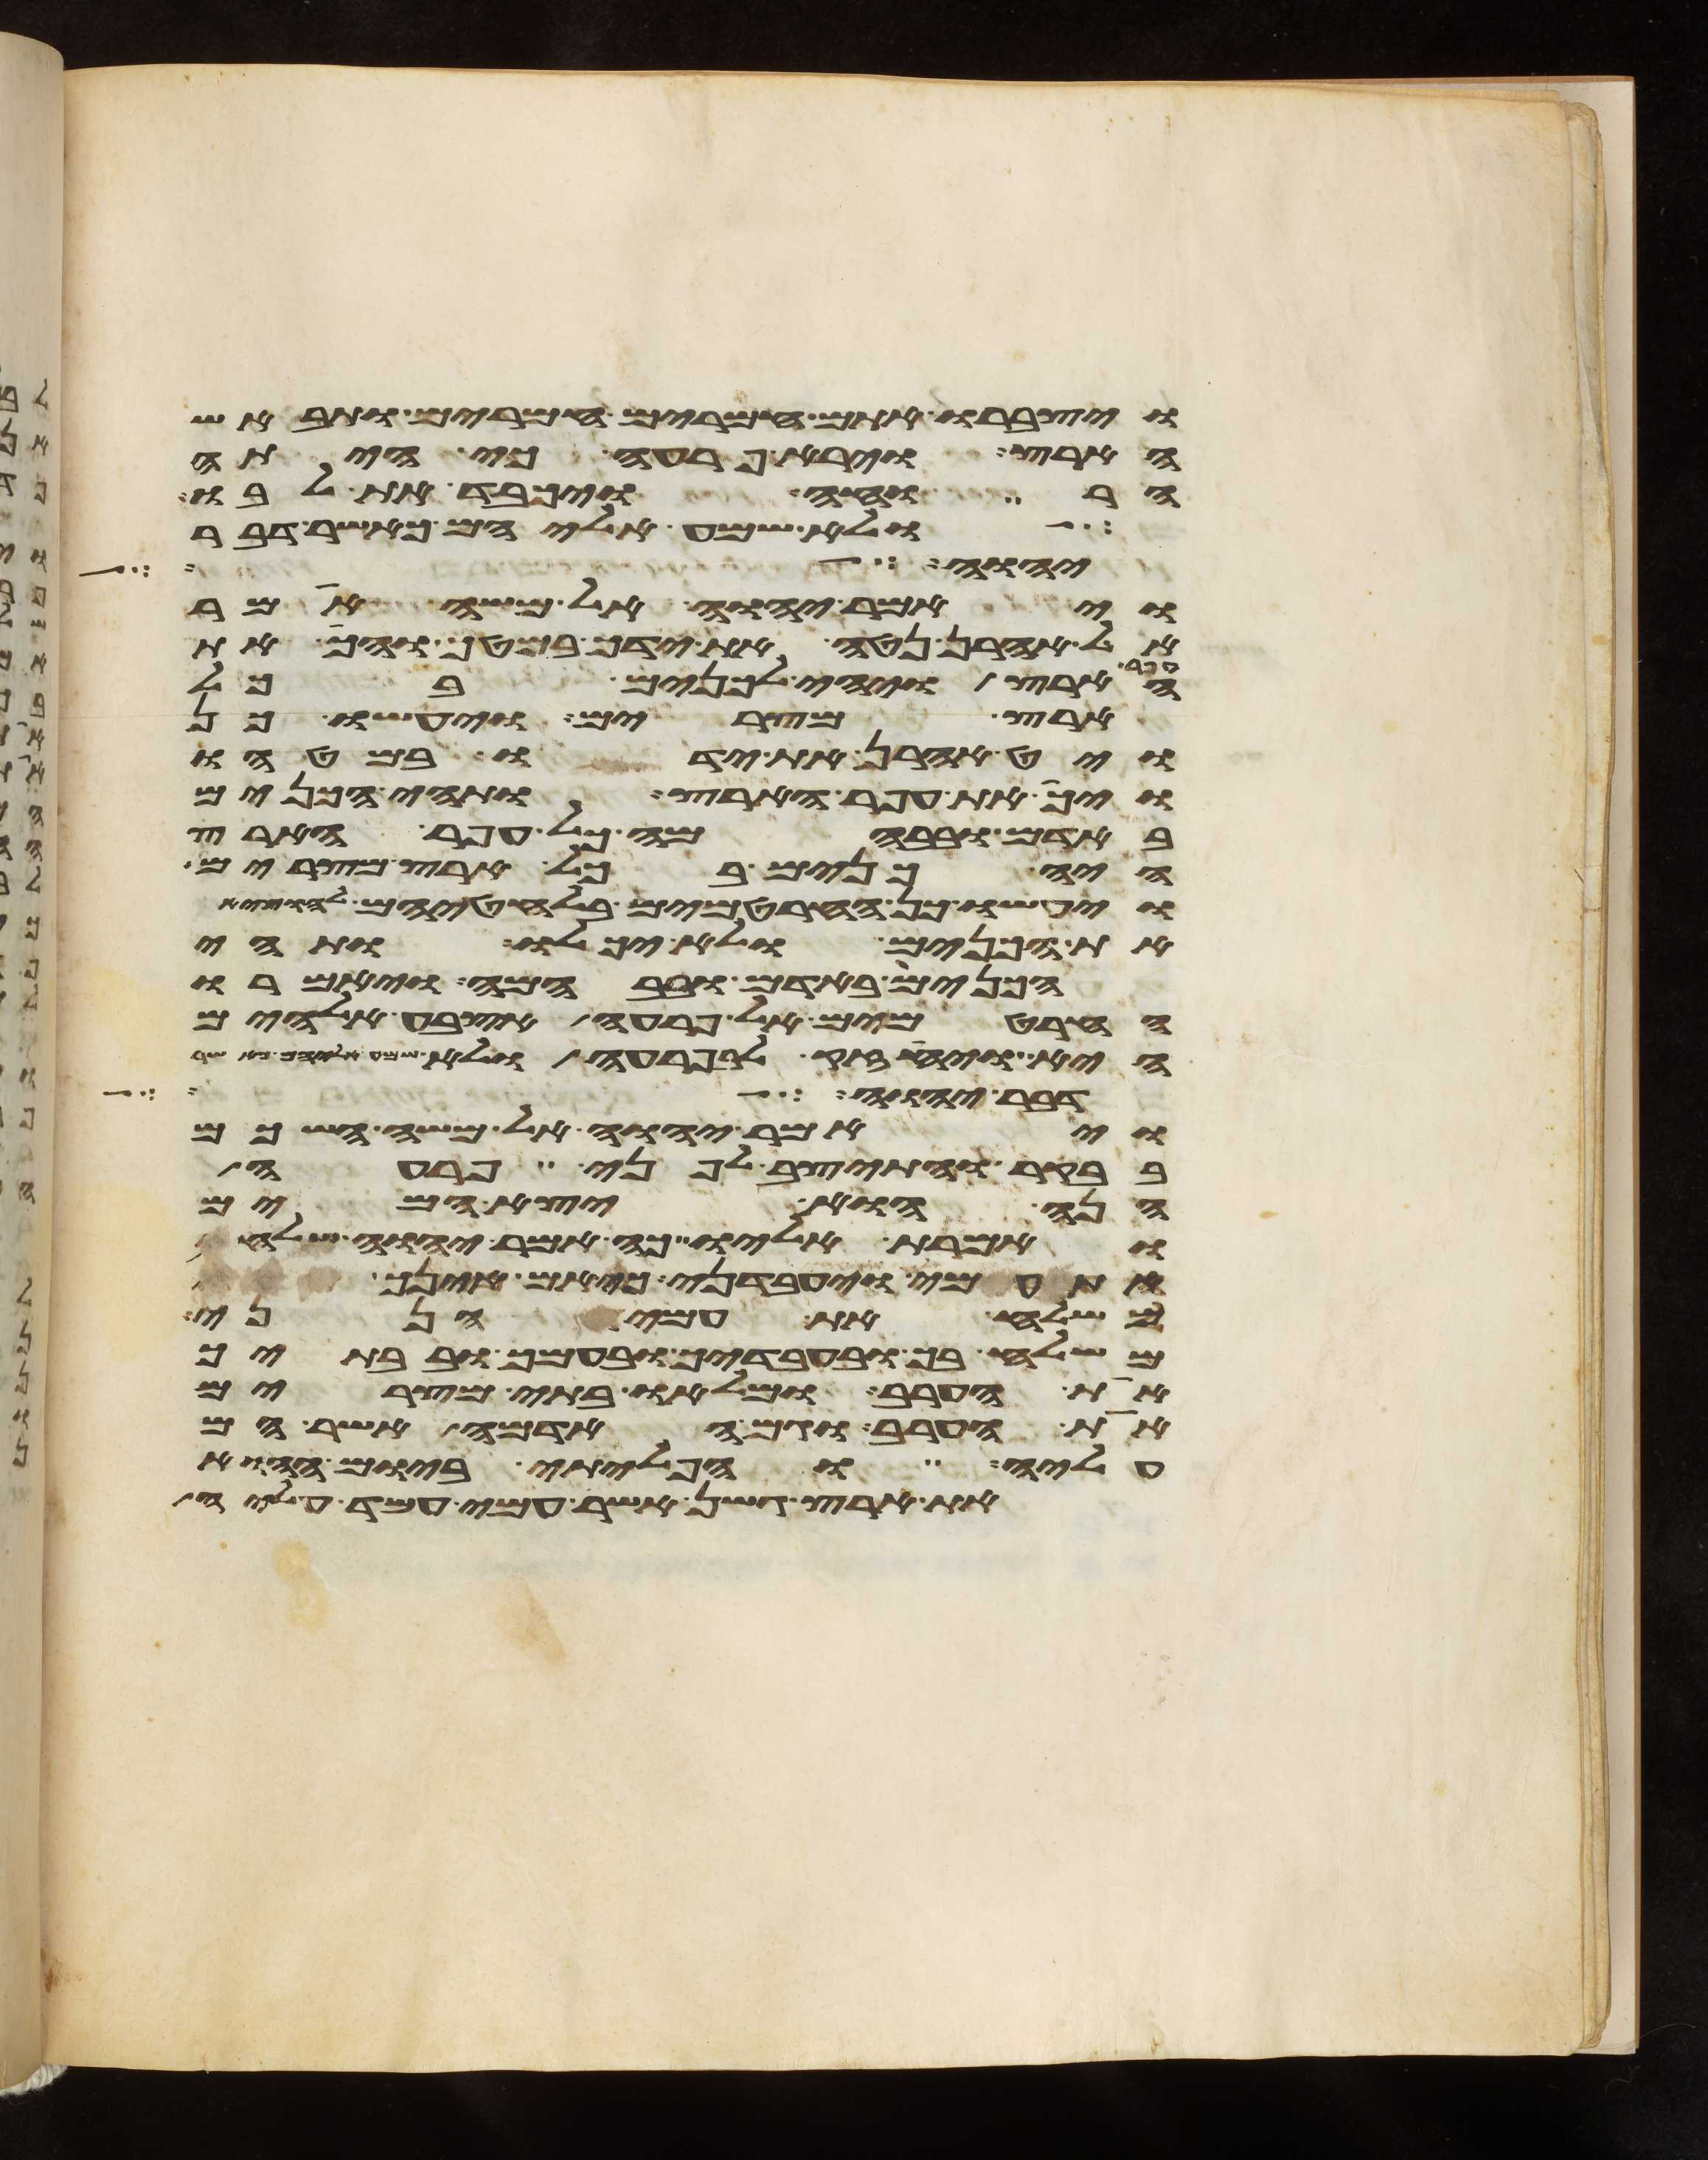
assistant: ויצברו אתם חמרים חמרים ותבאש
הארץ וירא פרעה כי היתה
הרוחה ויכבד את לבו
ולא שמע אליהם כאשר דבר
יהוה בעדו ויהי
ויאמר יהוה אל משה אמר
אל אהרן נטה את ידך במטך והך את
הארץ ויהי לכנים בכל
ארץ מצרים ויעשו כן
ויט אהרן את ידו במטהו
ויך את עפר הארץ ותהי הכנים
באדם ובבהמה כל עפר הארץ
היה כנים בכל ארץ מצרים
ויעשו כן החרטמים בלחטיהם להוציא
את הכנים ולא יכלו ותהי
הכנים באדם ובבהמה ויאמרו
החרטמים אל פרעה אצבע אלהים
היא ויחזק לב פרעה ולא שמע אליהם כאשר
דבר יהוה בזה
ויאמר יהוה אל משה השכם
בבקר והתיצב לפני פרעה
הנה הוא יצא המים
ואמרת אליו כה אמר יהוה שלח
עמי ויעבדני כי אם אינך
משלח את עמי הנני
משלח בך ובעבדיך ובעמך ובבתיך
את הערב ומלאו בתי מצרים
את הערב וגם האדמה אשר הם
עליה והפליתי ביום ההוא
את ארץ גשן אשר עמי עמד עליה